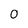
Character: 0